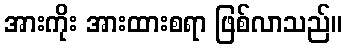
အားကိုး အားထားစရာ ဖြစ်လာသည်။